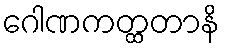
ဂေါဏကတ္ထတာနိ